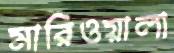
মারিওয়ালা